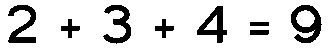
2 + 3 + 4 = 9